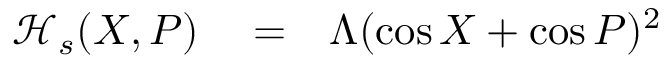
\begin{array} { r l r } { \mathcal { H } _ { s } ( X , P ) } & { { } = } & { \Lambda ( \cos X + \cos P ) ^ { 2 } } \end{array}